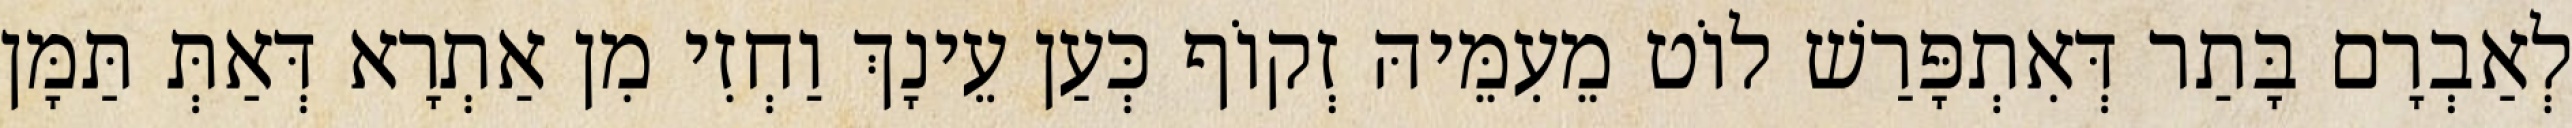
לְאַבְרָם בָּתַר דְּאִתְפָּרַשׁ לוֹט מֵעִמֵּיהּ זְקוֹף כְּעַן עֵינָךְ וַחְזִי מִן אַתְרָא דְּאַתְּ תַּמָּן